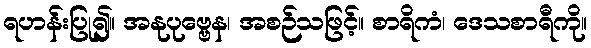
ရဟန်းပြု၍။ အနုပုဗ္ဗေန၊ အစဉ်သဖြင့်။ စာရိကံ၊ ဒေသစာရီကို။